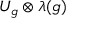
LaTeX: U _ { g } \otimes \lambda ( g )